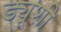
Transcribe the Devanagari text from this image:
ड्यूशी